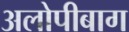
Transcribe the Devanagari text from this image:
अलोपीबाग